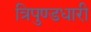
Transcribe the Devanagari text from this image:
त्रिपुण्डधारी